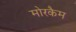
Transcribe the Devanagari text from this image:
मोरकैम